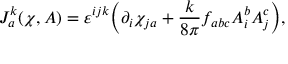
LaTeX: J _ { a } ^ { k } ( \chi , A ) = \varepsilon ^ { i j k } \bigg ( \partial _ { i } \chi _ { j a } + { \frac { k } { 8 \pi } } f _ { a b c } A _ { i } ^ { b } A _ { j } ^ { c } \bigg ) ,